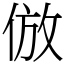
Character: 倣